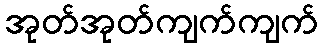
အုတ်အုတ်ကျက်ကျက်